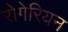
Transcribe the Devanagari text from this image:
रोगेरियन